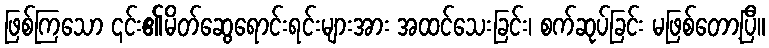
ဖြစ်ကြသော ၎င်း၏မိတ်ဆွေရောင်းရင်းများအား အထင်သေးခြင်း၊ စက်ဆုပ်ခြင်း မဖြစ်တော့ပြီ။